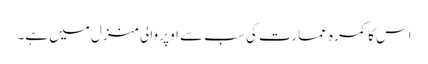
اس کا کمرہ عمارت کی سب سے اوپر والی منزل میں ہے۔